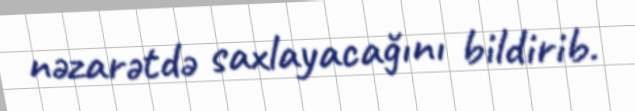
nəzarətdə saxlayacağını bildirib.